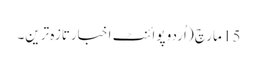
15 مارچ ( اُردو پوائنٹ اخبارتازہ ترین۔